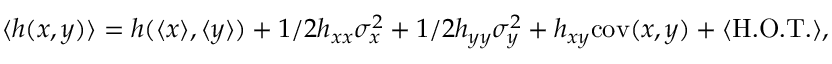
\langle h ( x , y ) \rangle = h ( \langle x \rangle , \langle y \rangle ) + 1 / 2 h _ { x x } \sigma _ { x } ^ { 2 } + 1 / 2 h _ { y y } \sigma _ { y } ^ { 2 } + h _ { x y } \mathrm { c o v } ( x , y ) + \langle \mathrm { H . O . T . } \rangle ,